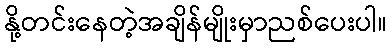
နို့တင်းနေတဲ့အချိန်မျိုးမှာညစ်ပေးပါ။